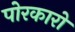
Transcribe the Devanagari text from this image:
पोरकारो